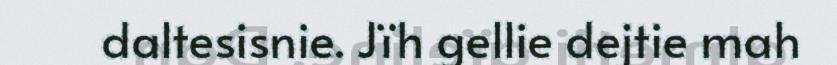
daltesisnie. Jïh gellie dejtie mah